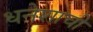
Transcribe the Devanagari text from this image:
धनेशाची